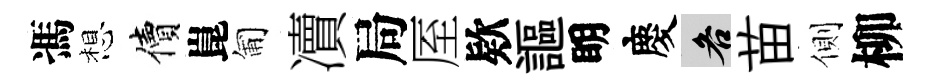
馮想價崑匍凟局厔欵謳眀慶各苗側柳